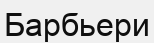
Барбьери